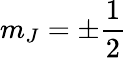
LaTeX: m_{J}=\pm\frac{1}{2}